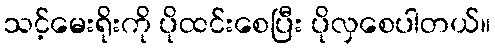
သင့်မေးရိုးကို ပိုထင်းစေပြီး ပိုလှစေပါတယ်။